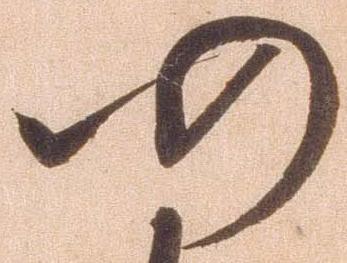
仍